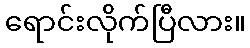
ရောင်းလိုက်ပြီလား။